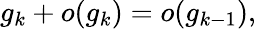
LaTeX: g_{k}+o(g_{k})=o(g_{k-1}),